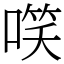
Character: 㗛